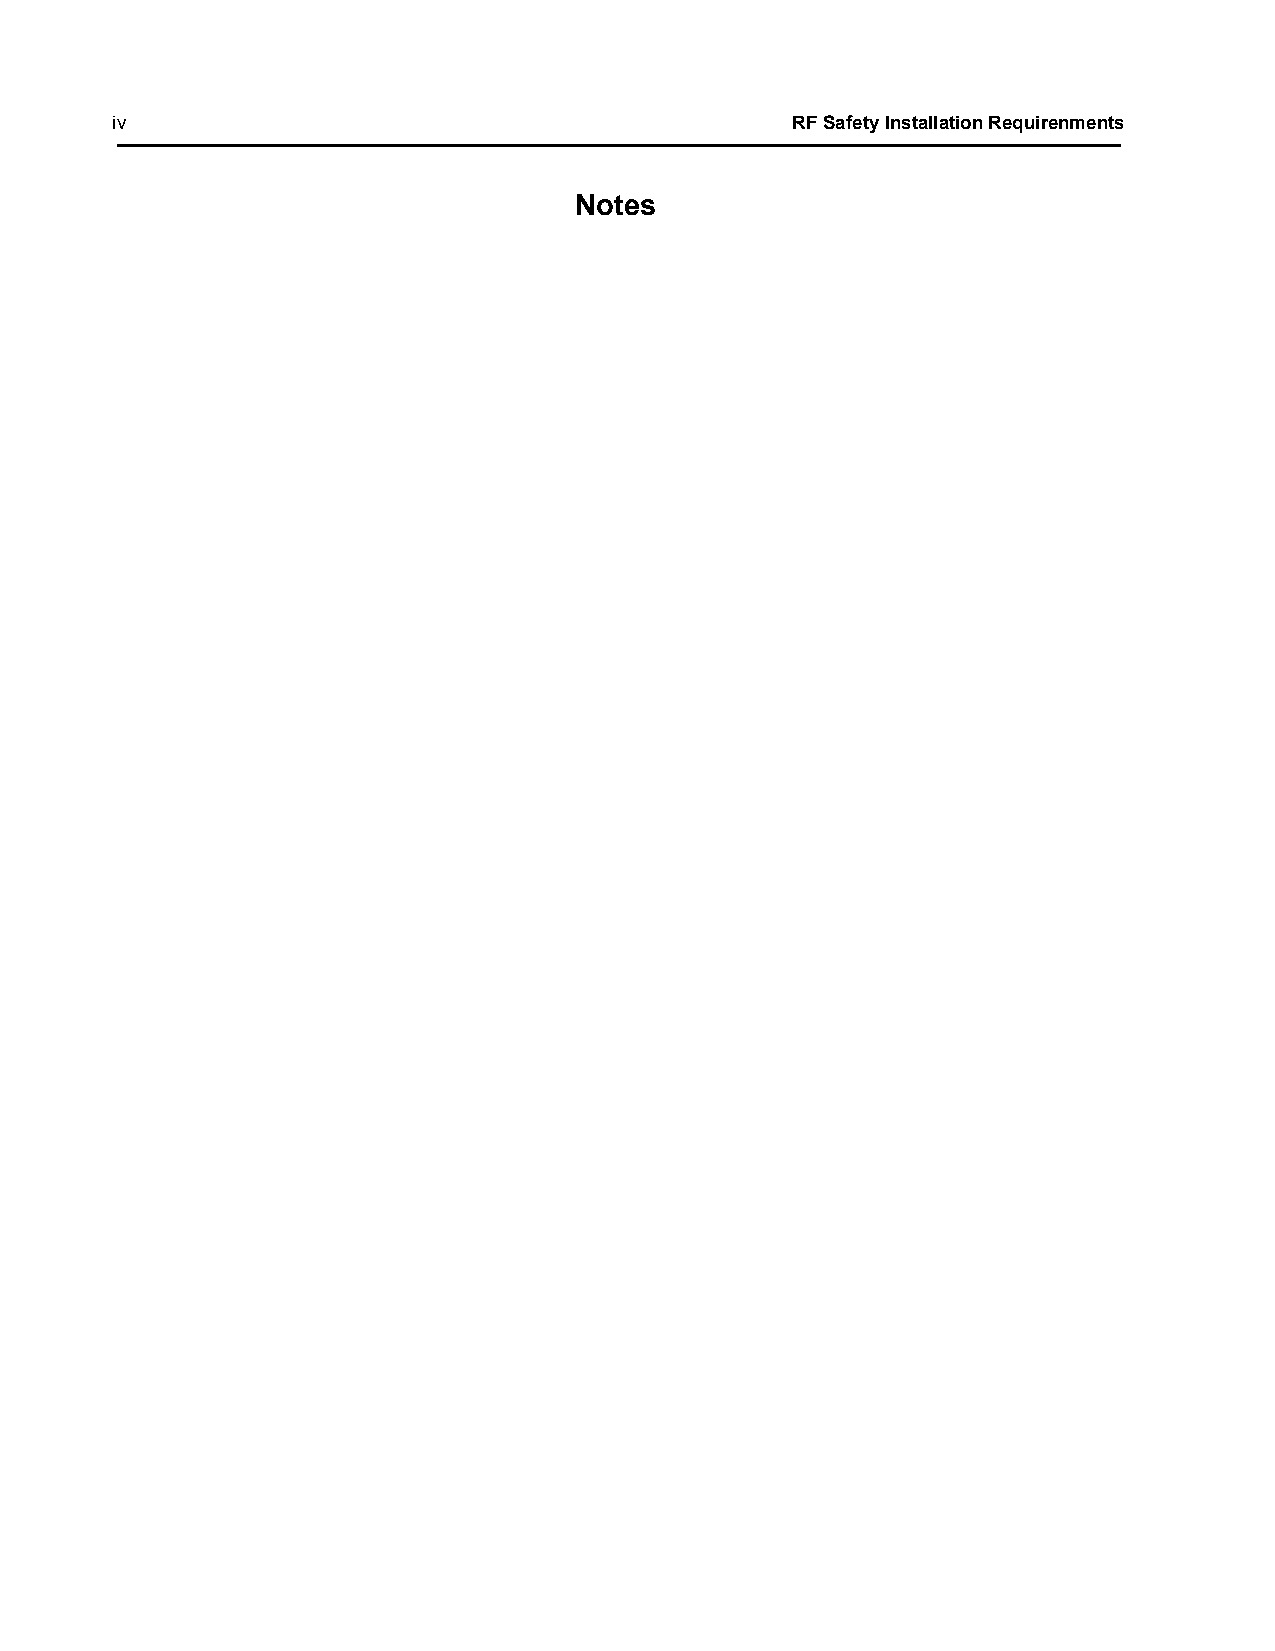
iv                                           RF Safety Installation Requirenments
 Notes